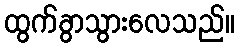
ထွက်ခွာသွားလေသည်။